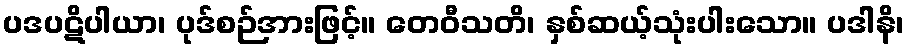
ပဒပဋိပါယာ၊ ပုဒ်စဉ်အားဖြင့်။ တေဝီသတိ၊ နှစ်ဆယ့်သုံးပါးသော။ ပဒါနိ၊